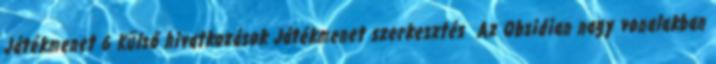
Játékmenet 6 Külső hivatkozások Játékmenet szerkesztés Az Obsidian nagy vonalakban